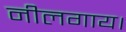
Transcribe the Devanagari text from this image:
नीलगाय।